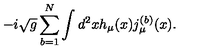
- i \sqrt { g } \sum _ { b = 1 } ^ { N } \int d ^ { 2 } x h _ { \mu } ( x ) j _ { \mu } ^ { ( b ) } ( x ) .